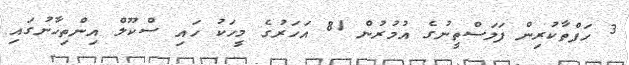
3 ހަފްތާކުރިން ފަލަސްތީނުގެ އުމުރުން 81 އަހަރުގެ މީހަކު ހައި ސްކޫލް އިންތިހާނުގައި